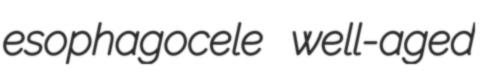
esophagocele well-aged